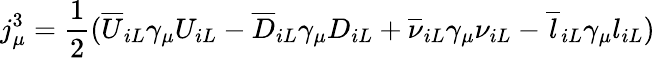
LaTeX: j_{\mu}^{3}={\frac{1}{2}}({\overline{{U}}}_{iL}\gamma_{\mu}U_{iL}-{\overline{{D}}}_{iL}\gamma_{\mu}D_{iL}+{\overline{{\nu}}}_{iL}\gamma_{\mu}\nu_{iL}-{\overline{{l}}}_{iL}\gamma_{\mu}l_{iL})